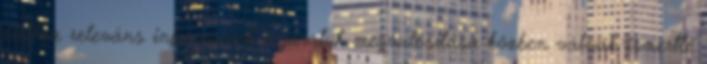
élethez releváns információk a járatok megvalósítása közben válnak ismertté